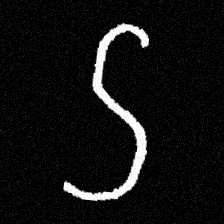
Pyu character \u2014 Myanmar letter: ဌ (romanized: ttha)